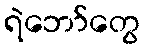
ရဲဘော်တွေ